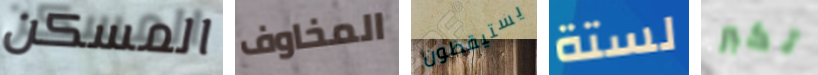
المسكن المخاوف يستيقظون لستة تكبر